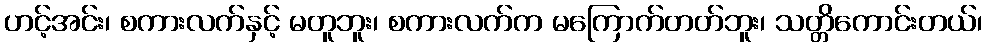
ဟင့်အင်း၊ စကားလက်နှင့် မတူဘူး၊ စကားလက်က မကြောက်တတ်ဘူး၊ သတ္တိကောင်းတယ်၊